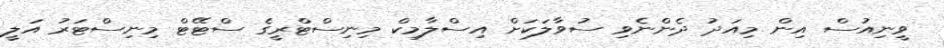
ވީނިއުސް އިން މިއަދު ދެންނެވި ސުވާލަކަށް އިސްލާމިކް މިނިސްޓްރީގެ ސްޓޭޓް މިނިސްޓަރު އަލީ